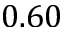
0 . 6 0